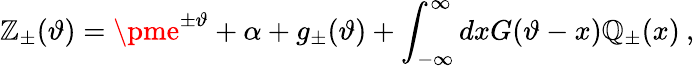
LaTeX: \displaystyle\mathbb{Z}_{\pm}(\vartheta)=\pme^{\pm\vartheta}+\alpha+g_{\pm}(\vartheta)+\displaystyle\int_{-\infty}^{\infty}dxG(\vartheta-x){\cal\mathbb{Q}}_{\pm}(x)\: ,